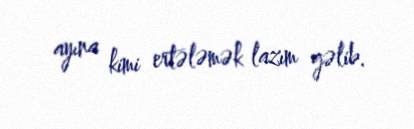
ayına kimi ertələmək lazım gəlib.